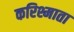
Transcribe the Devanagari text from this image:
करिश्माता